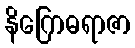
နိဂြောဓရာဇာ